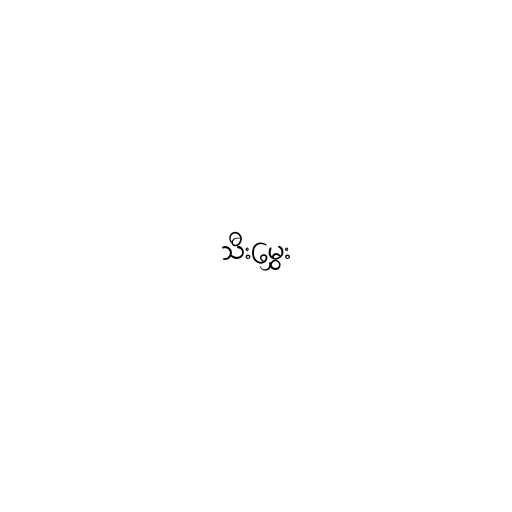
သီးမွှေး